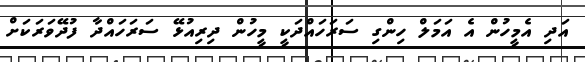
އަދި އެމީހުން އެ އަމަލް ހިންގި ސަރަހައްދަކީ މީހުން ދިރިއުޅޭ ސަރަހައްދާ ފުދޭވަރަކަށް